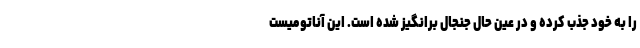
را به خود جذب کرده و در عین حال جنجال برانگیز شده است. این آناتومیست